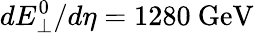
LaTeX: dE_{\perp}^{0}/d\eta=1280\ \mathrm{GeV}